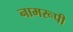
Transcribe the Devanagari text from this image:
नामरूपी